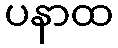
ပနာထ